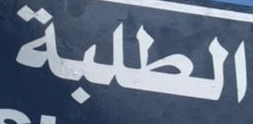
الطلبة